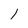
Character: l